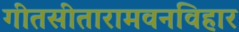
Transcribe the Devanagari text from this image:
गीतसीतारामवनविहार